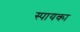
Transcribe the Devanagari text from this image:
स्पायका